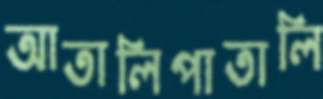
আতালিপাতালি